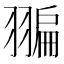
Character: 𦑮